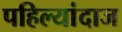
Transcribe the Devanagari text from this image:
पहिल्यांदाज